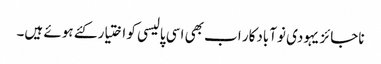
ناجائز یہودی نوآبادکار اب بھی اسی پالیسی کو اختیار کئے ہوئے ہیں۔